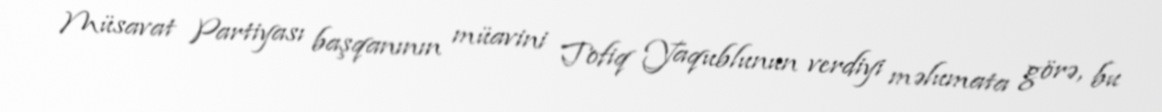
Müsavat Partiyası başqanının müavini Tofiq Yaqublunun verdiyi məlumata görə, bu